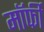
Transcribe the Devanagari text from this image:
मॉर्फी